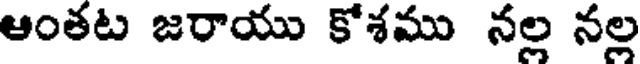
ఆంతట జరాయు కోశము నల్ల నల్ల